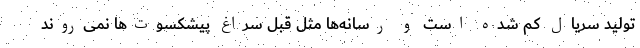
تولید سریال کم شده است و رسانه‌ها مثل قبل سراغ پیشکسوت‌ها نمی‌روند